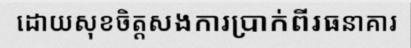
ដោយសុខចិត្តសងការប្រាក់ពីរធនាគារ